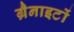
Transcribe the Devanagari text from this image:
ग्रैनाइटों